Document type: Endowment
Year: 1330
Scribe: Arnau [Delpàs]
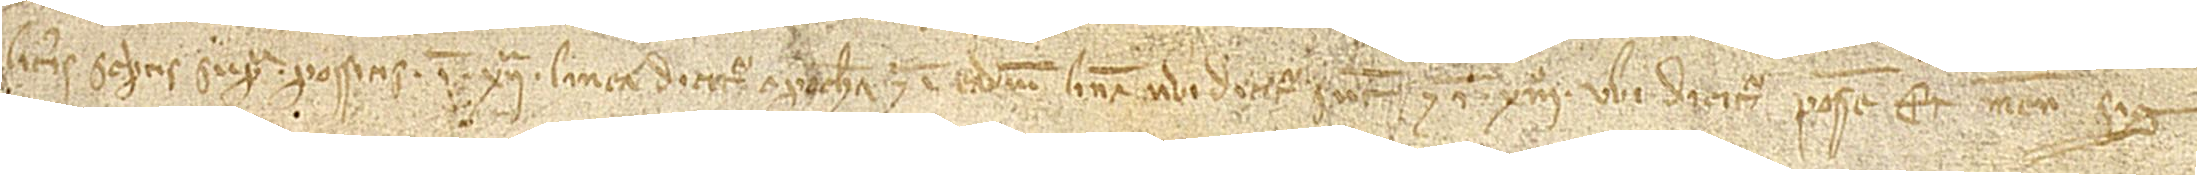
literis scriptis supra possitis in XIIª linea, dicitur “apocham”, et in eadem linea, ubi dicitur “sunt”, et in XIIIº, ubi dicitur “possem”, et meum sig